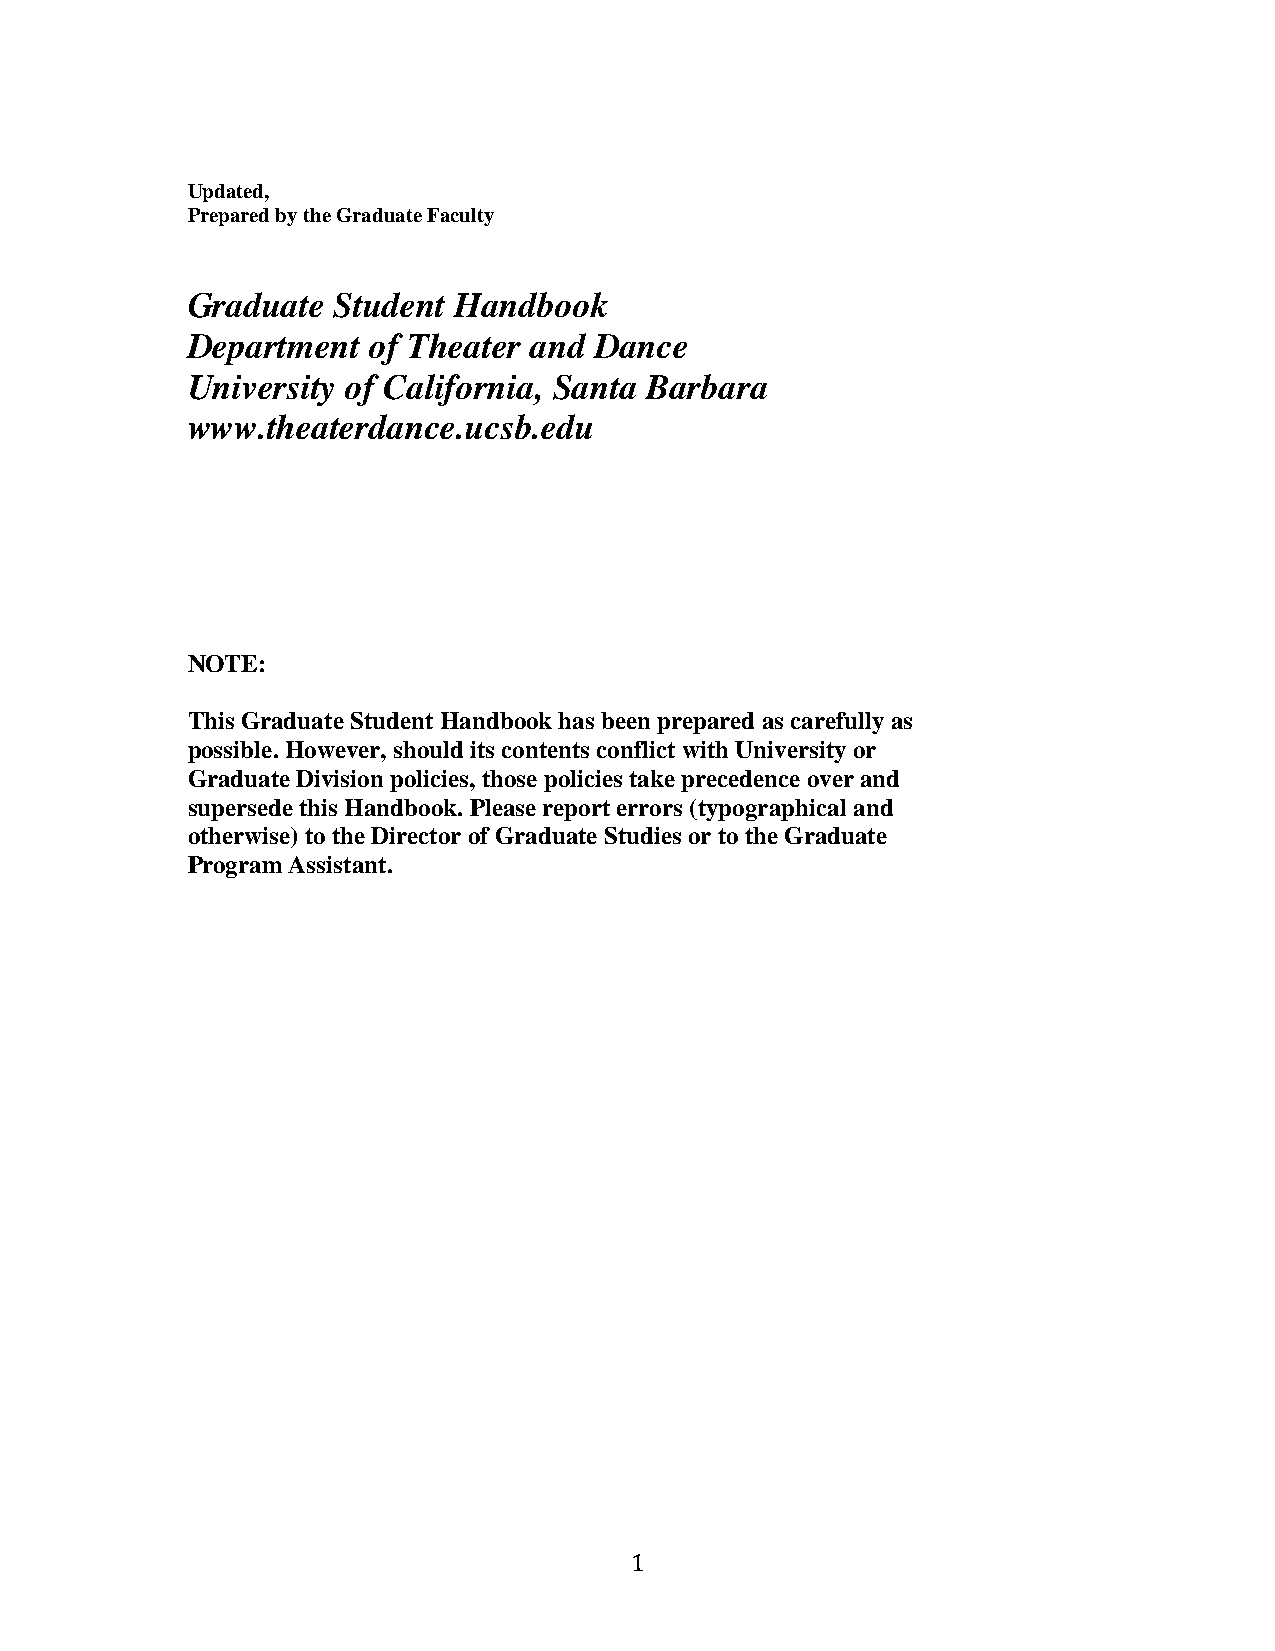
Updated,
 Prepared by the Graduate Faculty
 Graduate  Student Handbook
 Department  of Theater and Dance
 University of California, Santa Barbara
 www.theaterdance.ucsb.edu
 NOTE:
 This Graduate Student Handbook has been prepared as carefully as
 possible. However, should its contents conflict with University or
 Graduate Division policies, those policies take precedence over and
 supersede this Handbook. Please report errors (typographical and
 otherwise) to the Director of Graduate Studies or to the Graduate
 Program Assistant.
 1